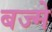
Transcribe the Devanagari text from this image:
बज्मे